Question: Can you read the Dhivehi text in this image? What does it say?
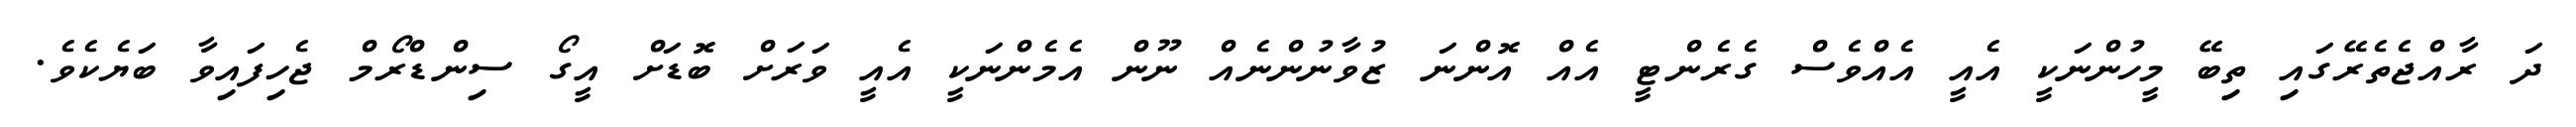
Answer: ދަ ރާއްޖެތެރޭގައި ތިބޭ މީހުންނަކީ އެއީ އެއްވެސް ގެރެންޓީ އެއް އޮންނަ ޒުވާނުންނެއް ނޫން އެމެންނަކީ އެއީ ވަރަށް ބޮޑަށް އީގޯ ސިންޑްރޯމް ޖެހިފައިވާ ބަޔެކެވެ.